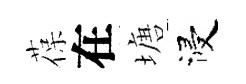
葆在塘浸